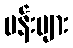
ပန်းများ